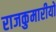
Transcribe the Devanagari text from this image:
राजकुमारीयों